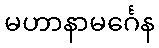
မဟာနာမင်္ဂေန